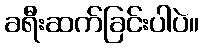
ခရီးဆက်ခြင်းပါပဲ။